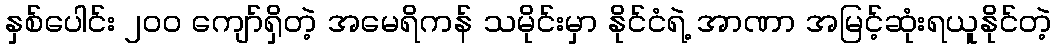
နှစ်ပေါင်း ၂၀၀ ကျော်ရှိတဲ့ အမေရိကန် သမိုင်းမှာ နိုင်ငံရဲ့ အာဏာ အမြင့်ဆုံးရယူနိုင်တဲ့